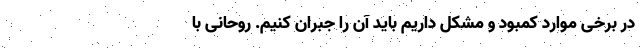
در برخی موارد کمبود و مشکل داریم باید آن را جبران کنیم. روحانی با